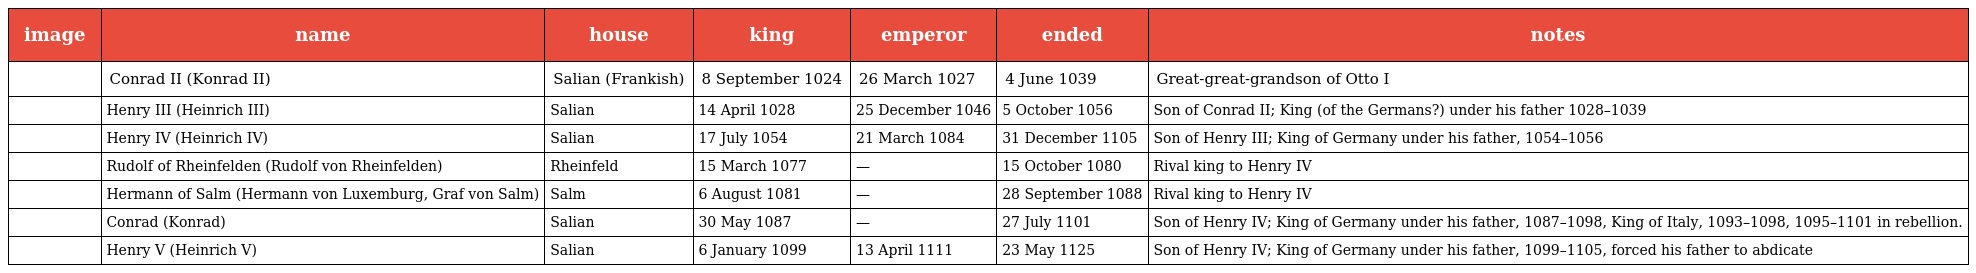
| image | name | house | king | emperor | ended | notes |
 | --- | --- | --- | --- | --- | --- | --- |
 |  | Conrad II (Konrad II) | Salian (Frankish) | 8 September 1024 | 26 March 1027 | 4 June 1039 | Great-great-grandson of Otto I |
 |  | Henry III (Heinrich III) | Salian | 14 April 1028 | 25 December 1046 | 5 October 1056 | Son of Conrad II; King (of the Germans?) under his father 1028–1039 |
 |  | Henry IV (Heinrich IV) | Salian | 17 July 1054 | 21 March 1084 | 31 December 1105 | Son of Henry III; King of Germany under his father, 1054–1056 |
 |  | Rudolf of Rheinfelden (Rudolf von Rheinfelden) | Rheinfeld | 15 March 1077 | — | 15 October 1080 | Rival king to Henry IV |
 |  | Hermann of Salm (Hermann von Luxemburg, Graf von Salm) | Salm | 6 August 1081 | — | 28 September 1088 | Rival king to Henry IV |
 |  | Conrad (Konrad) | Salian | 30 May 1087 | — | 27 July 1101 | Son of Henry IV; King of Germany under his father, 1087–1098, King of Italy, 1093–1098, 1095–1101 in rebellion. |
 |  | Henry V (Heinrich V) | Salian | 6 January 1099 | 13 April 1111 | 23 May 1125 | Son of Henry IV; King of Germany under his father, 1099–1105, forced his father to abdicate |